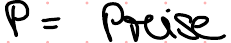
P = Preise